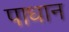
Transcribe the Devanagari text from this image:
पाधान